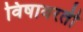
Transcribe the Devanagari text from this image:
विषावरती